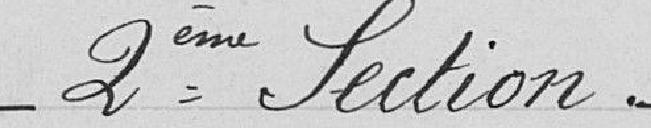
Deuxième Section